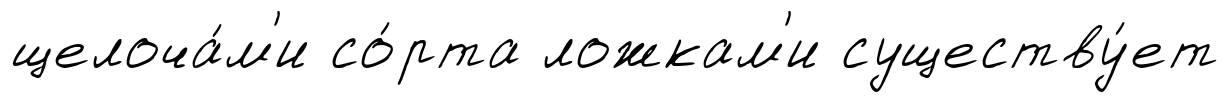
щелоча́м'и со́рта ложкам'и существу́ет